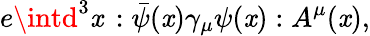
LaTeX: e\intd^{3}\mathit{x}\, :\bar{{\psi}}(\mathit{x})\gamma_{\mu}\psi(\mathit{x}):A^{\mu}(\mathit{x}),